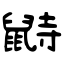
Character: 鼭